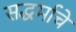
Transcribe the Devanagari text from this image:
सद्धर्माचे